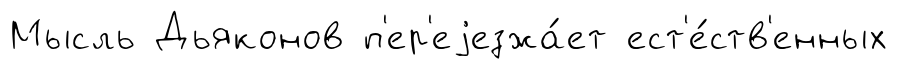
Мысль Дьяконов п'ер'еjезжа́ет ест'е́ств'енных